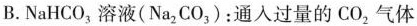
B.NaHCO_{3}溶液(Na_{2}CO_{3})：通入过量的CO_{2}气体